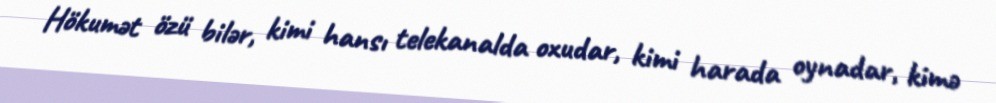
Hökumət özü bilər, kimi hansı telekanalda oxudar, kimi harada oynadar, kimə